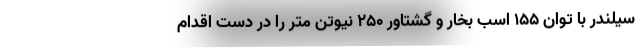
سیلندر با توان ۱۵۵ اسب بخار و گشتاور ۲۵۰ نیوتن متر را در دست اقدام